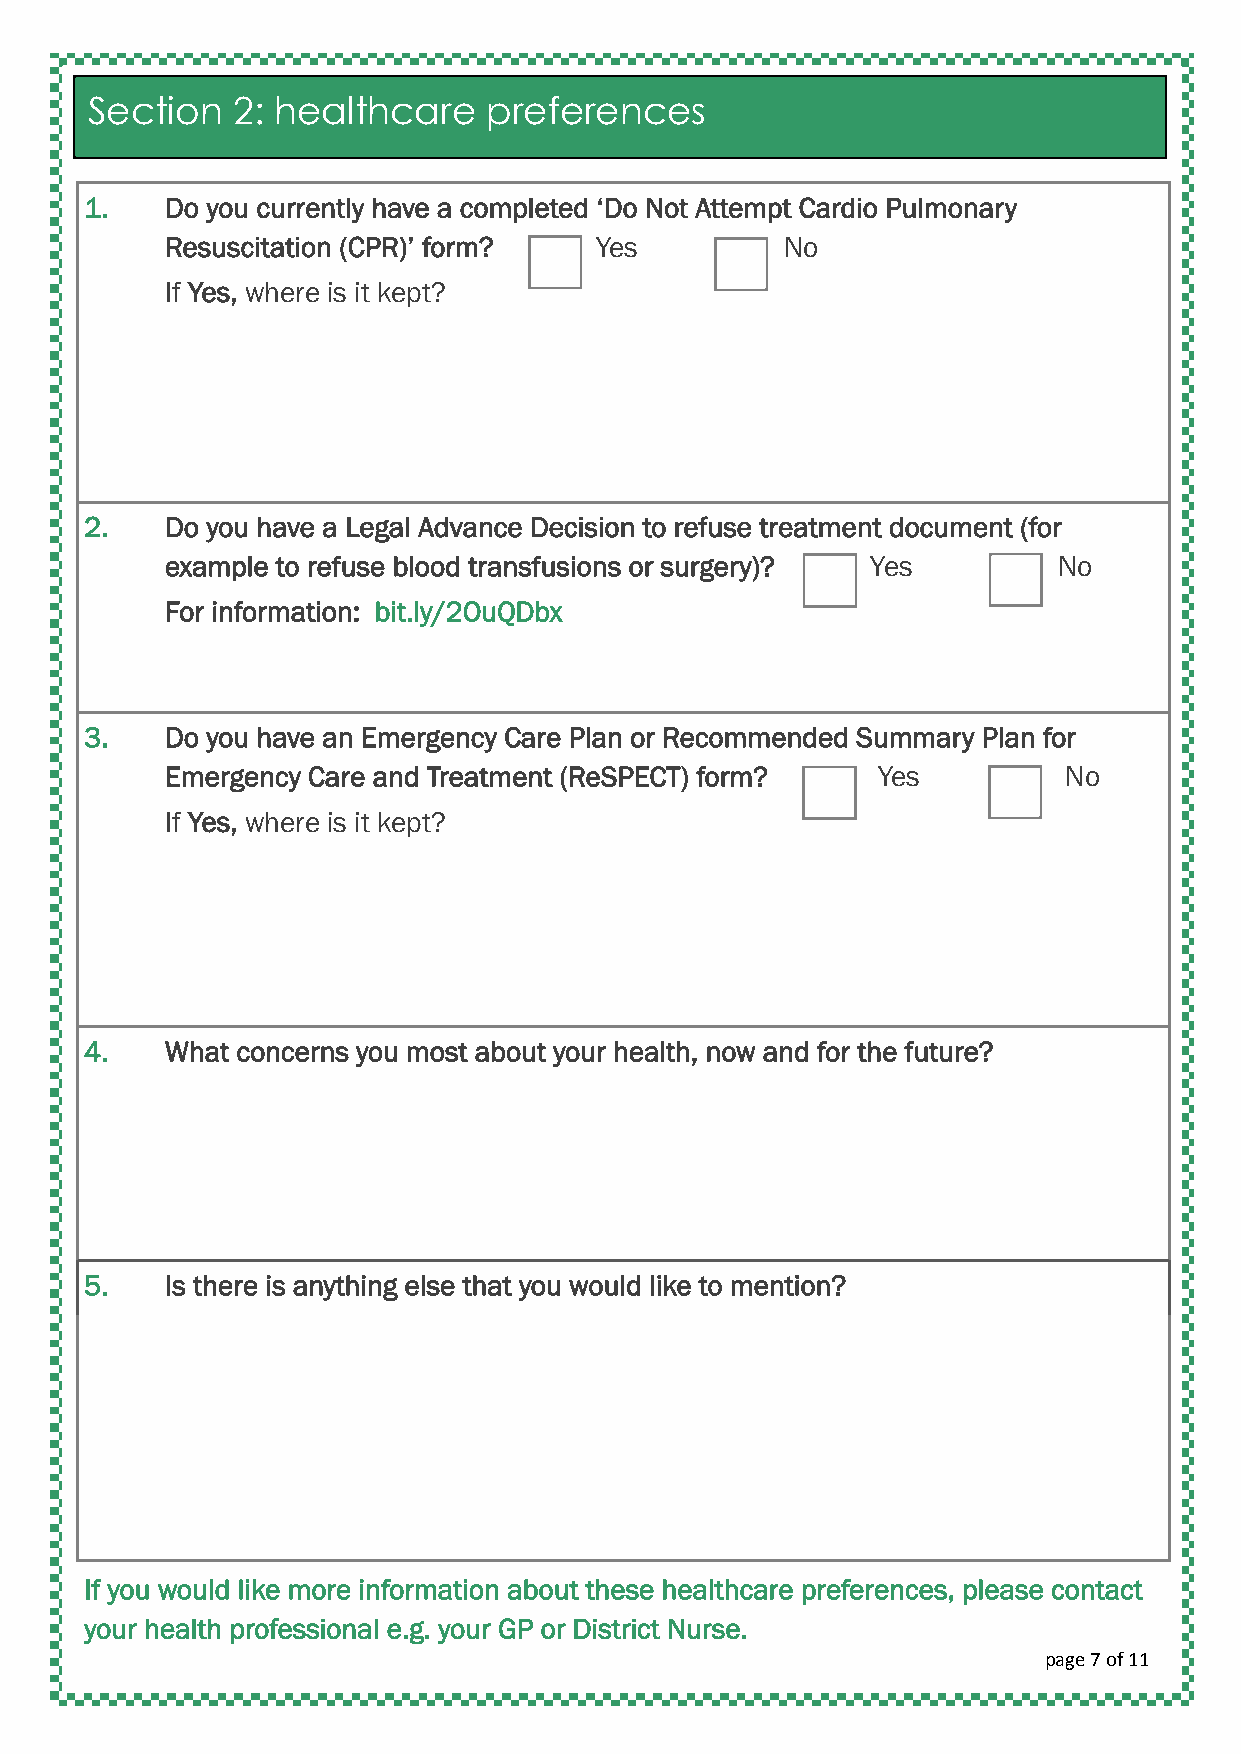
Section  2: healthcare    preferences
 1.   Do you currently have a completed ‘Do Not Attempt Cardio Pulmonary
 Resuscitation (CPR)’ form?  Yes          No
 If Yes, where is it kept?
 2.   Do you have a Legal Advance Decision to refuse treatment document (for
 example to refuse blood transfusions or surgery)? Yes      No
 For information: bit.ly/2OuQDbx
 3.   Do you have an Emergency Care Plan or Recommended Summary Plan for
 Emergency Care and Treatment (ReSPECT) form?   Yes         No
 If Yes, where is it kept?
 4.   What concerns you most about your health, now and for the future?
 5.   Is there is anything else that you would like to mention?
 If you would like more information about these healthcare preferences, please contact
 your health professional e.g. your GP or District Nurse.
 page 7 of 11